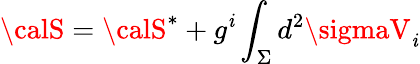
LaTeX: {\calS}={\calS}^{*}+g^{\mathit{i}}\int_{\Sigma}d^{2}\sigmaV_{\mathit{i}}